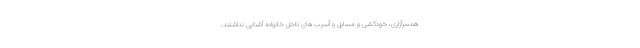
همسرآزاری، خودکشی و مسایل و آسیب های داخل خانواده آشنایی نداشتند.